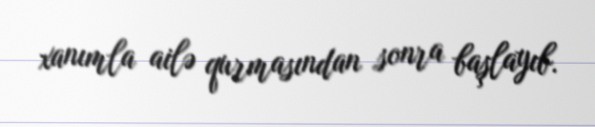
xanımla ailə qurmasından sonra başlayıb.